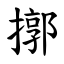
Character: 㨯